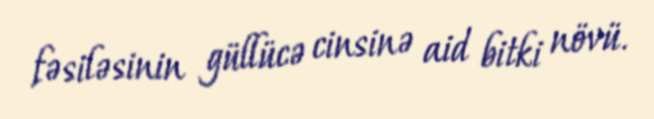
fəsiləsinin güllücə cinsinə aid bitki növü.